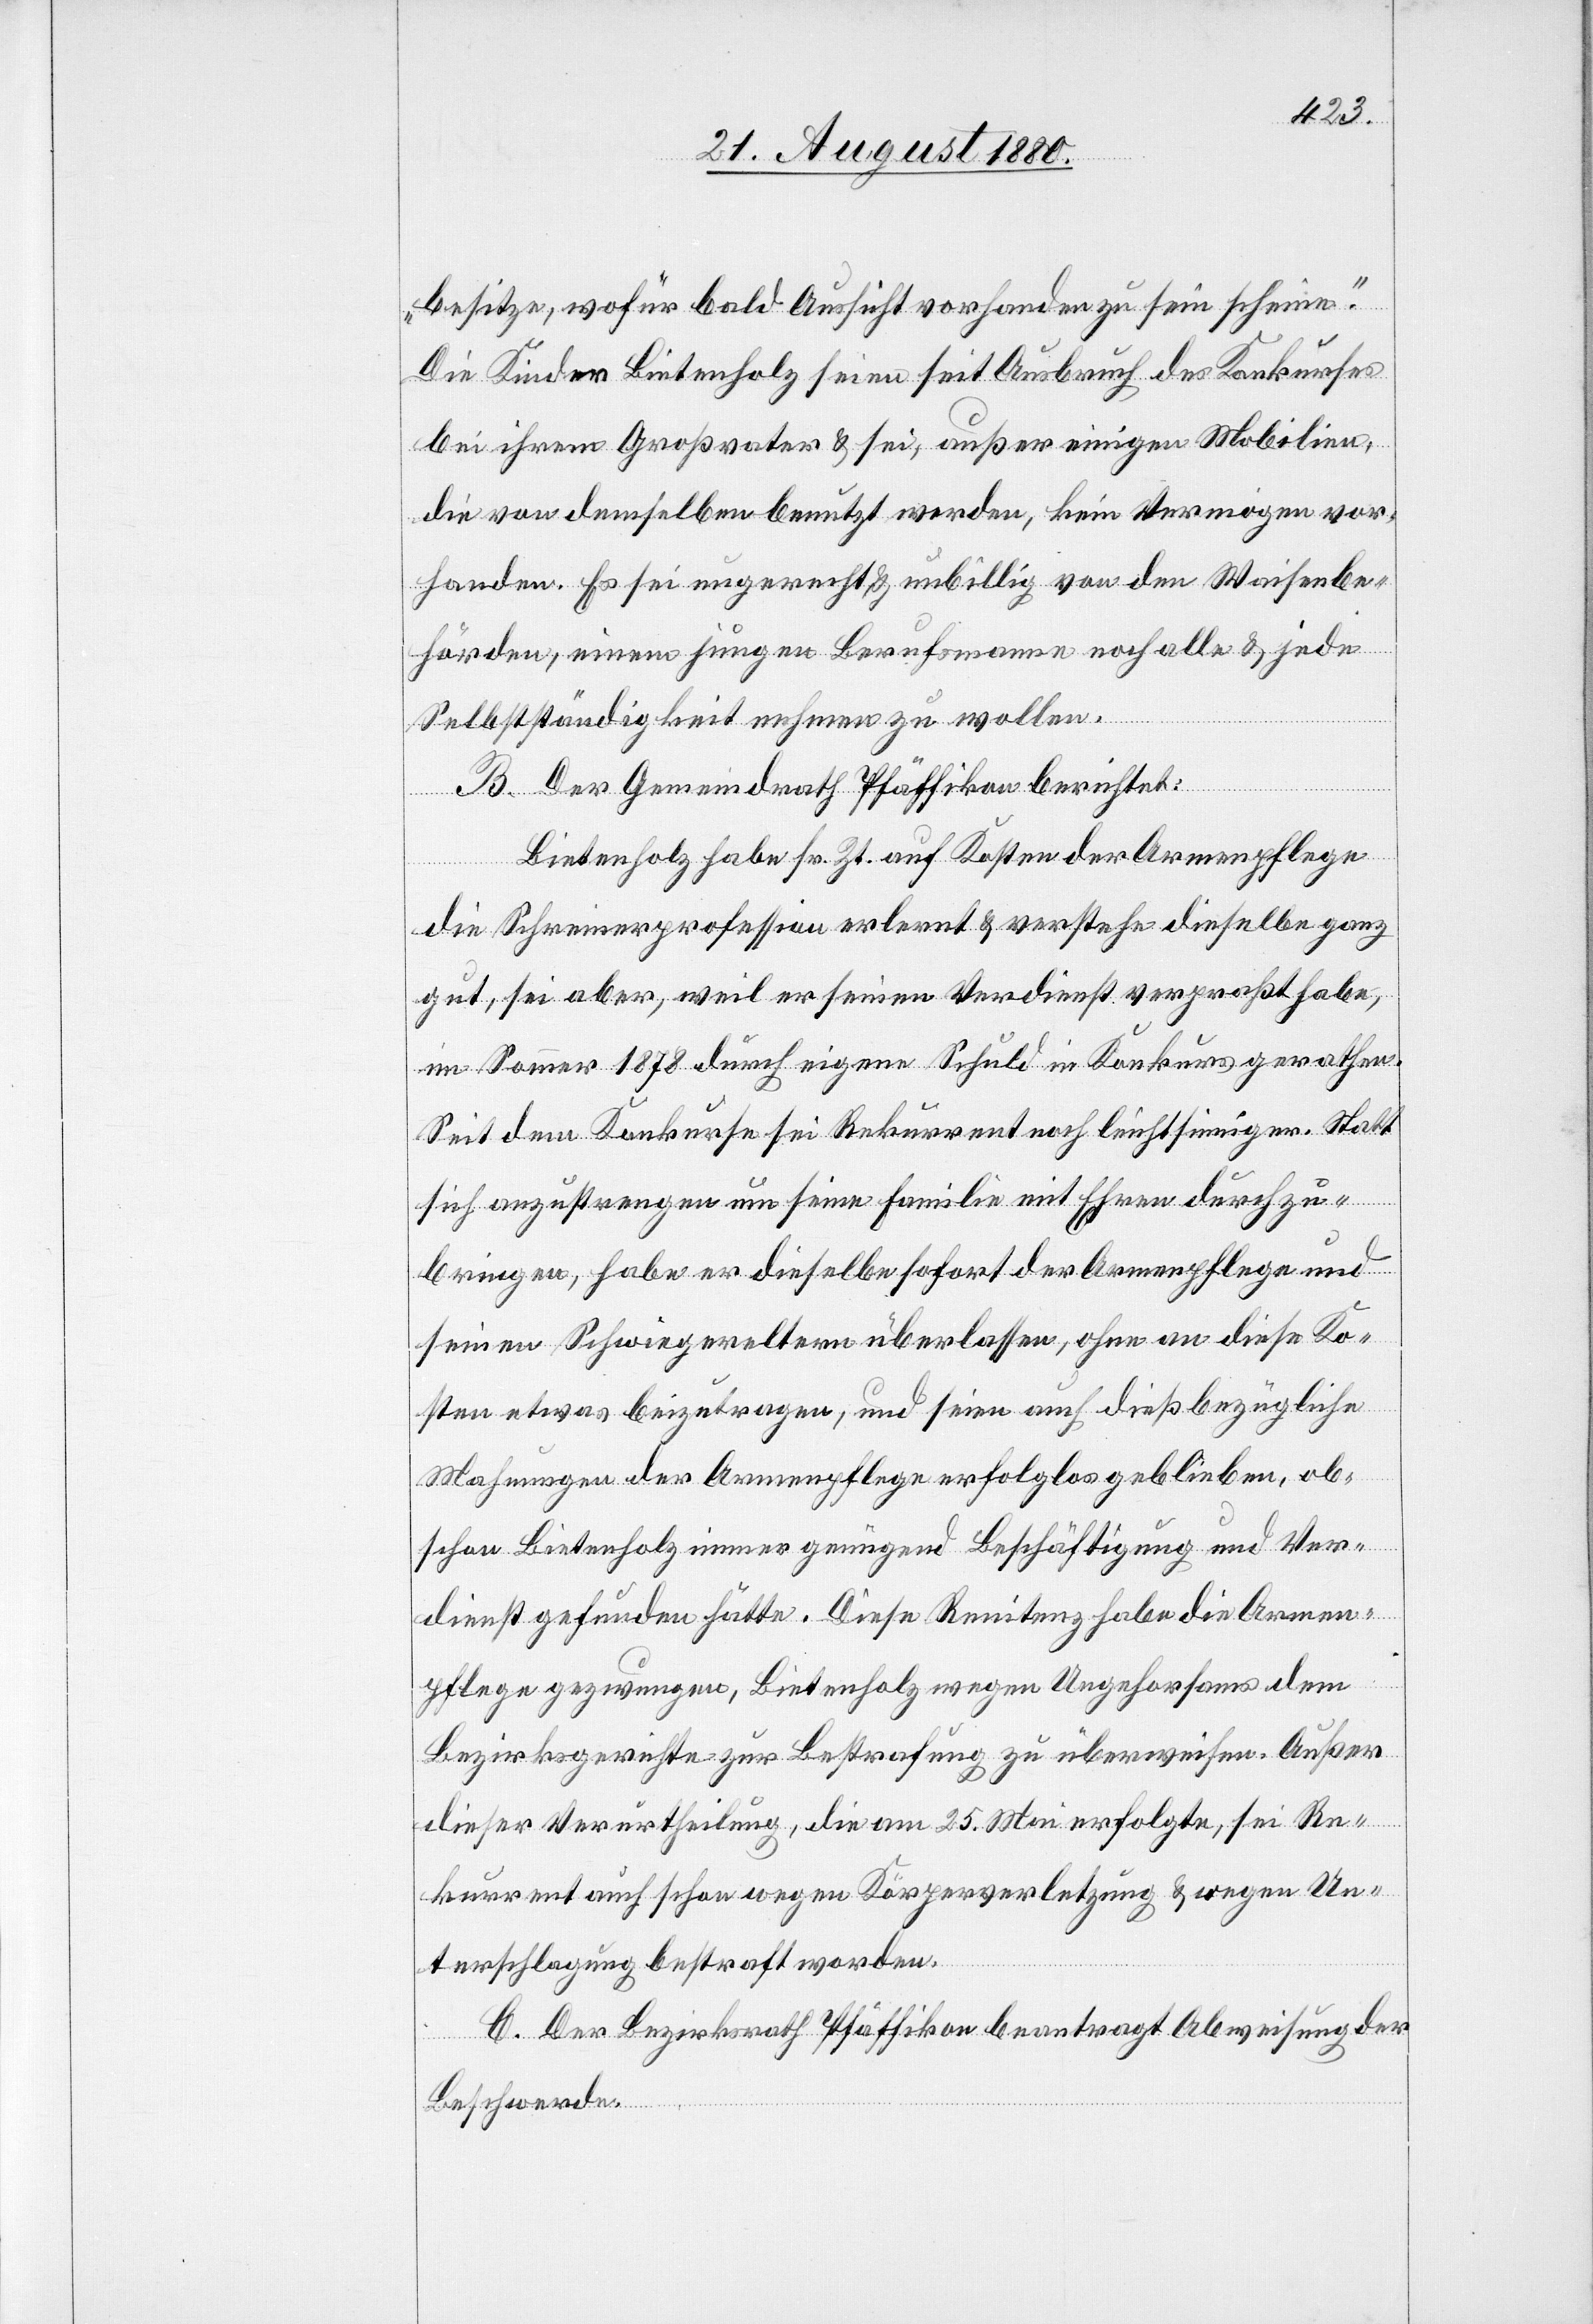
besitze, wofür bald Aussicht vorhanden zu sein scheine.“
Die Kinder Bietenholz seien seit Ausbruch des Konkurses
bei ihrem Großvater & sei außer einigen Mobilien,
die von demselben benutzt werden, kein Vermögen vor¬
handen. Es sei ungerecht & unbillig von den Waisenbe¬
hörden, einen jungen Berufsmann nach alle & jede
Selbstständigkeit nehmen zu wollen.
B. Der Gemeindrath Pfäffikon berichtet:
Bietenholz habe sr. Zt. auf Kosten der Armenpflege
die Schreinerprofession erlernt & verstehe dieselbe ganz
gut, sei aber, weil er seinen Verdienst verpraßt habe,
im Sommer 1878 durch eigene Schuld in Konkurs gerathen.
Seit dem Konkurse sei Rekurrent noch leichtsinniger. Statt
sich anzustrengen um seine Familie mit Ehren durchzu¬
bringen, habe er dieselbe sofort der Armenpflege und
seinen Schwiegereltern überlassen, ohne an diese Ko¬
sten etwas beizutragen, und seien auch dießbezügliche
Mahnungen der Armenpflege erfolglos geblieben, ob¬
schon Bietenholz immer genügend Beschäftigung und Ver¬
dienst gefunden hätte. Diese Renitenz habe die Armen¬
pflege gezwungen, Bietenholz wegen Ungehorsams dem
Bezirksgerichte zur Bestrafung zu überweisen. Außer
dieser Verurtheilung, die am 25. Mai erfolgte, sei Re¬
kurrent auch schon wegen Körperverletzung & wegen Un¬
terschlagung bestraft worden.
C. Der Bezirksrath Pfäffikon beantragt Abweisung der
Beschwerde.